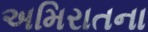
અમિરાતના